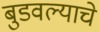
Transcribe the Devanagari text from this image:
बुडवल्याचे